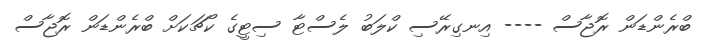
ބްރެންޑަން ރޮޖާސް ---- އިނގިރޭސި ކްލަބު ލެސްޓާ ސިޓީގެ ކޯޗަކަށް ބްރެންޑަން ރޮޖާސް